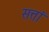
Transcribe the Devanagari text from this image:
सत्तां